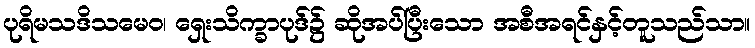
ပုရိမသဒိသမေဝ၊ ရှေးသိက္ခာပုဒ်၌ ဆိုအပ်ပြီးသော အစီအရင်နှင့်တူသည်သာ။